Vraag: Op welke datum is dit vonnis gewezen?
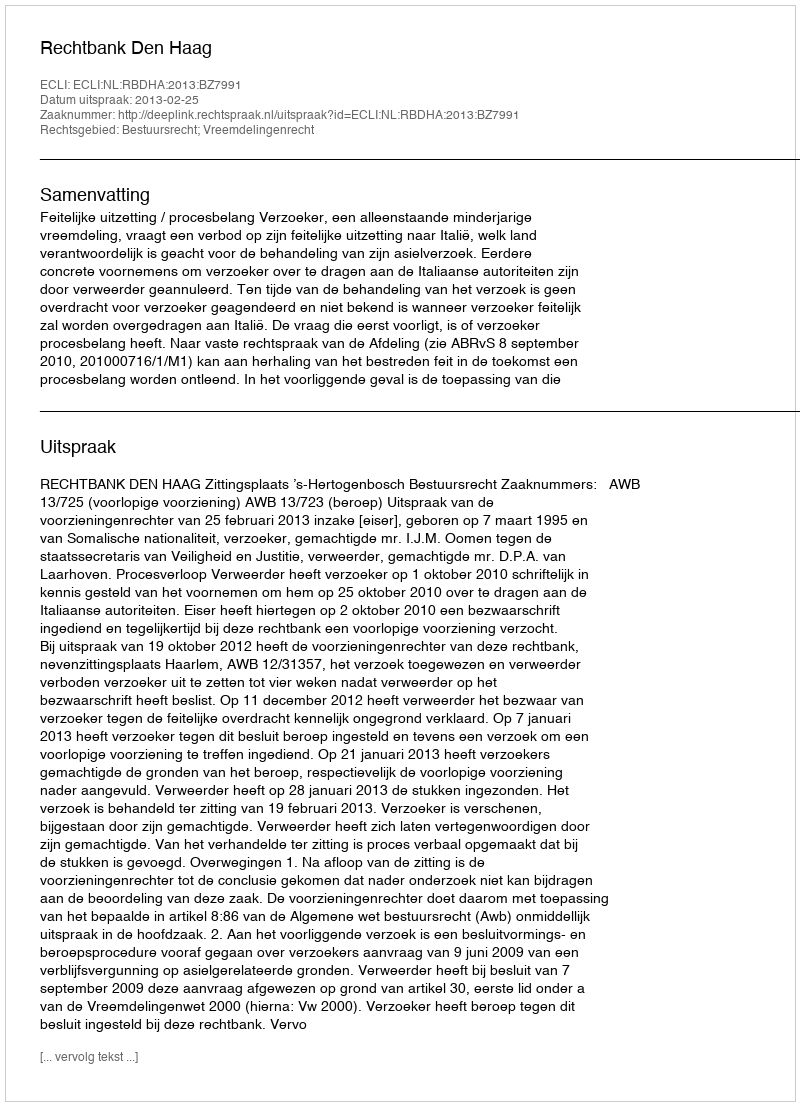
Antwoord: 2013-02-25